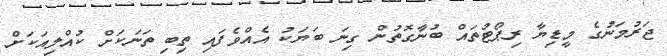
ޖަރުމަނުގެ މީޑިޔާ ރިޕޯޓުތައް ބުނާގޮތުން ގިނަ ބަޔަކު އެއްވެފައި ތިބި ތަނަކަށް ކުއްލިއަކަށް